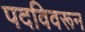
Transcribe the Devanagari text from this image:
पदविवरून